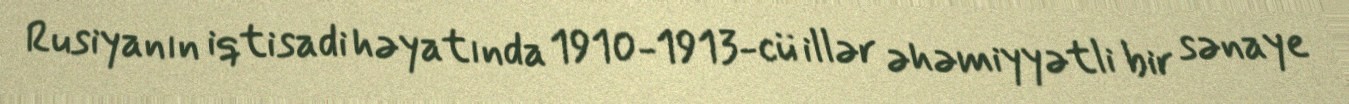
Rusiyanın iqtisadi həyatında 1910-1913-cü illər əhəmiyyətli bir sənaye